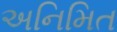
અનિમિત